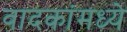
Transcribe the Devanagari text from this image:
वादकांमध्ये